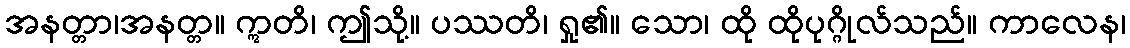
အနတ္တာ၊အနတ္တ။ ဣတိ၊ ဤသို့။ ပဿတိ၊ ရှု၏။ သော၊ ထို ထိုပုဂ္ဂိုလ်သည်။ ကာလေန၊